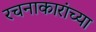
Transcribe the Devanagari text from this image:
रचनाकारांच्या